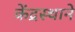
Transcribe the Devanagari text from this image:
केंद्रस्थाने